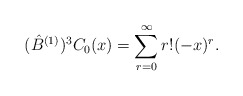
\begin{align*}(\hat{B}^{(1)})^{3} C_{0}(x) = \sum_{r=0}^{\infty} r! (-x)^{r}.\end{align*}